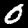
Label: 0